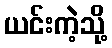
ယင်းကဲ့သို့